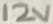
Text: 12V